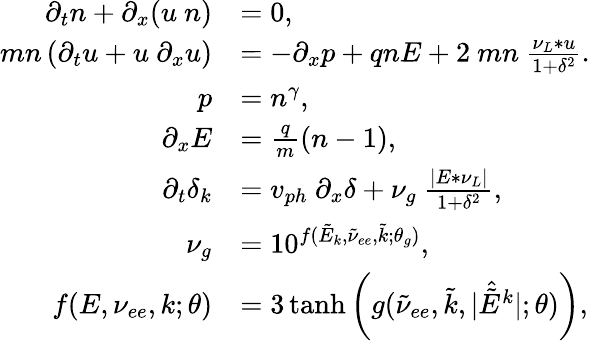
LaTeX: \begin{array}{rl}{\partial_{t}n+\partial_{x}(u~n)}&{=0,}\\ {mn\left(\partial_{t}u+u~\partial_{x}u\right)}&{=-\partial_{x}p+qnE+2~mn~\frac{\nu_{L}*u}{1+\delta^{2}}.}\\ {p}&{=n^{\gamma},}\\ {\partial_{x}E}&{=\frac{q}{m}(n-1),}\\ {\partial_{t}\delta_{k}}&{=v_{ph}~\partial_{x}\delta+\nu_{g}~\frac{|E*\nu_{L}|}{1+\delta^{2}},}\\ {\nu_{g}}&{=10^{f(\tilde{E}_{k},\tilde{\nu}_{ee},\tilde{k};\theta_{g})},}\\ {f(E,\nu_{ee},k;\theta)}&{=3\operatorname{tanh}\left(g(\tilde{\nu}_{ee},\tilde{k},|\hat{\tilde{E}}^{k}|;\theta)\right),}\end{array}